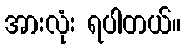
အားလုံး ရပါတယ်။